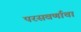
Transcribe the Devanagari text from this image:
परसवर्णाचा